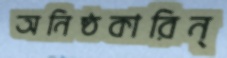
অনিষ্ঠকারিন্